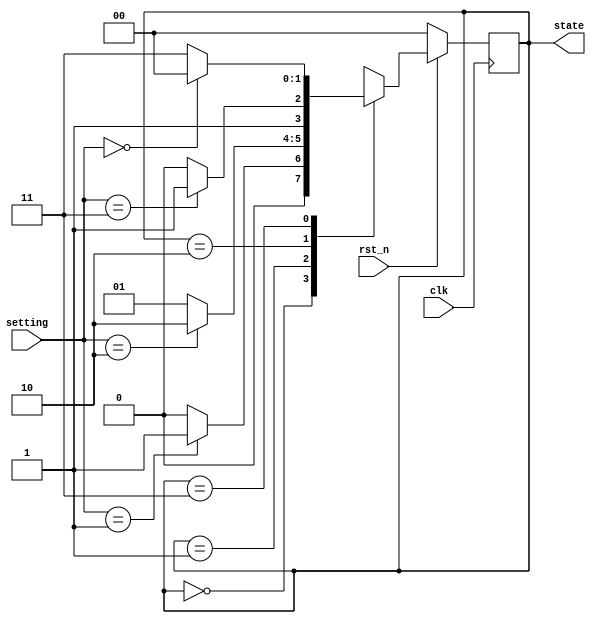
module fsm (
  input  wire [6:0]  setting,
  input  wire        rst_n,
  input  wire        clk,
  output reg  [1:0]  state
);

// Define states
parameter IDLE    = 2'b00;
parameter BETA    = 2'b01;
parameter THRESH  = 2'b10;
parameter READ    = 2'b11;

always @(posedge clk) begin
  if (!rst_n) begin
    state <= IDLE;
  end else begin
    case (state)
      IDLE: begin
        if (setting == 6'd1) begin
          state <= BETA;
        end else begin
          state <= IDLE;
        end
      end

      BETA: begin
        if (setting == 6'd2) begin
          state <= THRESH;
        end else begin
          state <= BETA;
        end
      end

      THRESH: begin
        if (setting == 6'd3) begin
          state <= READ;
        end else begin
          state <= THRESH;
        end
      end

      READ: begin
        if (setting == 6'd0) begin
          state <= IDLE;
        end else begin
          state <= READ;
        end
      end
    endcase

  end
end



endmodule